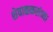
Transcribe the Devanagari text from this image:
शेवाळकरांच्या